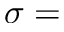
\sigma =